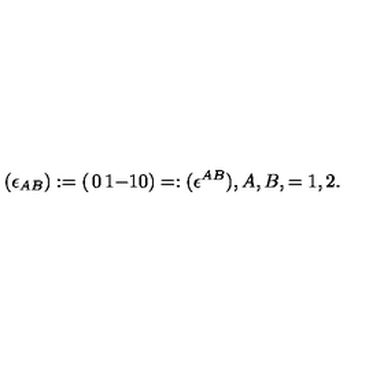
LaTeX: ( \epsilon _ { A B } ) : = \left( \begin{matrix} { 0 } & { 1 } \\ { - 1 } & { 0 } \\ \end{matrix} \right) = : ( \epsilon ^ { A B } ) , A , B , = 1 , 2 .